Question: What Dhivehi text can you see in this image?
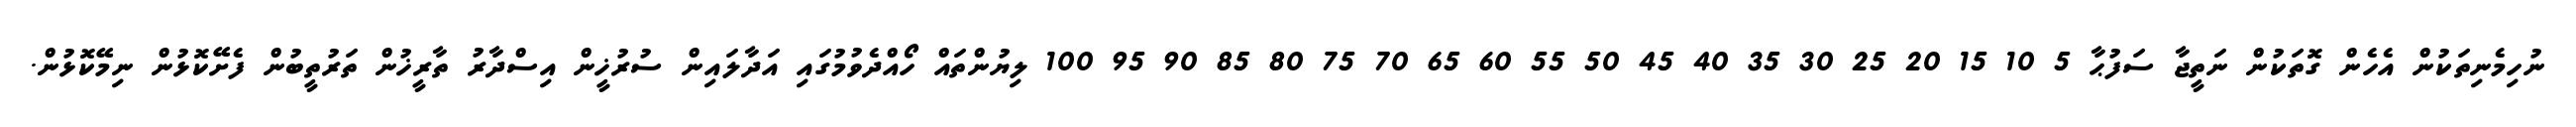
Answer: ނުހިމެނިތަކުން އެހެން ގޮތަކުން ނަތީޖާ ސަފުޙާ 5 10 15 20 25 30 35 40 45 50 55 60 65 70 75 80 85 90 95 100 ލިޔުންތައް ހޯއްދެވުމުގައި އަދާލައިން ސުރުޚީން އިސްދާރު ތާރީޚުން ތަރުތީބުން ފެށޭކޮޅުން ނިމޭކޮޅުން.